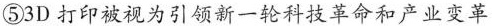
⑤3D打印被视为引领新一轮科技革命和产业变革